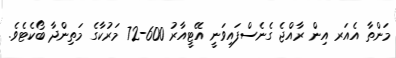
މަންތާ އެއަރ އިން ރާއްޖެ ގެނެސްފައިވަނީ އޭޓީއާރު 600-72 މަރުކާގެ މަތިންދާ ބޯކެޓެވެ.